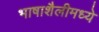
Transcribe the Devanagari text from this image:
भाषाशैलीमध्ये